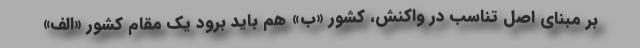
بر مبنای اصل تناسب در واکنش، کشور «ب» هم باید برود یک مقام کشور «الف»